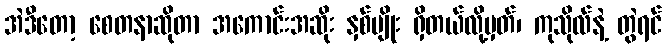
အဲဒီတော့ စေတနာဆိုတာ အကောင်းအဆိုး နှစ်မျိုး ရှိတယ်လို့မှတ်၊ ကုသိုလ်နဲ့ တွဲရင်